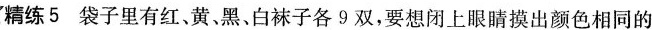
精练5 袋子里有红、黄、黑、白袜子各9双，要想闭上眼睛摸出颜色相同的